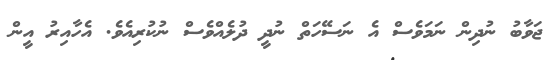
ޖަވާބު ނުދިން ނަމަވެސް އެ ނަސޭހަތް ނުދީ ދުލެއްވެސް ނުކުރިއެވެ. އެހާއިރު އީން